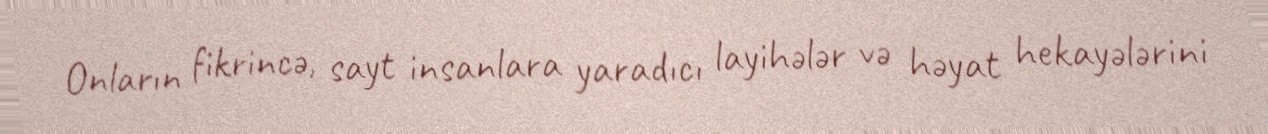
Onların fikrincə, sayt insanlara yaradıcı layihələr və həyat hekayələrini